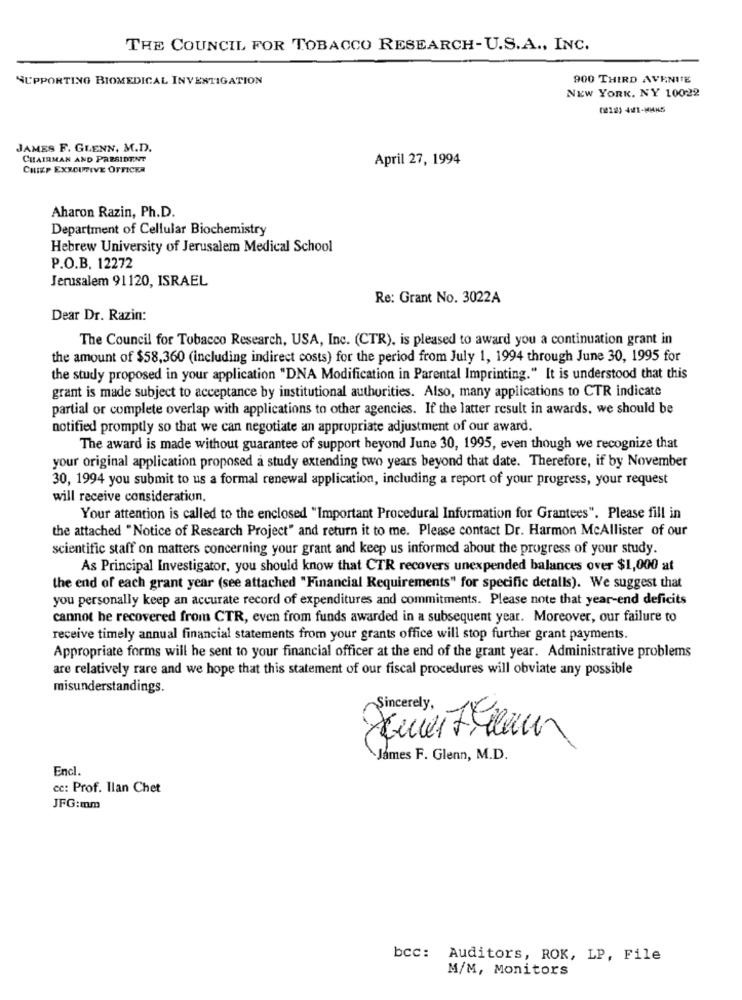
THE COUNCIL FOR TOBACCO RESEARCH-U.S.A ., INC.
SUPPORTING BIOMEDICAL INVESTIGATION
900 THIRD AVENITE
NEW YORK, NY 10022
⑆212) 421-MHN5
JAMES F. GLENN, M.D.
CHAIRMAN AND PRESIDENT
April 27, 1994
CHIEF EXECUTIVE OFFICER
Aharon Razin, Ph.D.
Department of Cellular Biochemistry
Hebrew University of Jerusalem Medical School
P.O.B. 12272
Jerusalem 91120, ISRAEL
Re: Grant No. 3022A
Dear Dr. Razin:
The Council for Tobacco Research, USA, Inc. (CTR), is pleased to award you a continuation grant in
the amount of $58,360 (including indirect costs) for the period from July 1, 1994 through June 30, 1995 for
the study proposed in your application "DNA Modification in Parental Imprinting." It is understood that this
grant is made subject to acceptance by institutional authorities. Also, many applications to CTR indicate
partial or complete overlap with applications to other agencies. If the latter result in awards, we should be
notified promptly so that we can negotiate an appropriate adjustment of our award.
The award is made without guarantee of support beyond June 30, 1995, even though we recognize that
your original application proposed a study extending two years beyond that date. Therefore, if by November
30, 1994 you submit to us a formal renewal application, including a report of your progress, your request
will receive consideration.
Your attention is called to the enclosed "Important Procedural Information for Grantees". Please fill in
the attached "Notice of Research Project" and return it to me. Please contact Dr. Harmon McAllister of our
scientific staff on matters concerning your grant and keep us informed about the progress of your study.
As Principal Investigator, you should know that CTR recovers unexpended balances over $1,000 at
the end of each grant year (see attached "Financial Requirements" for specific detalls). We suggest that
you personally keep an accurate record of expenditures and commitments. Please note that year-end deficits
cannot be recovered from CTR, even from funds awarded in a subsequent year. Moreover, our failure to
receive timely annual financial statements from your grants office will stop further grant payments.
Appropriate forms will he sent to your financial officer at the end of the grant year. Administrative problems
are relatively rare and we hope that this statement of our fiscal procedures will obviate any possible
misunderstandings.
Sincerely,
4
James F. Glenn, M.D.
Encl.
cc: Prof. Ilan Chet
JFG:mm
bcc: Auditors, ROK, LP, File
M/M, Monitors